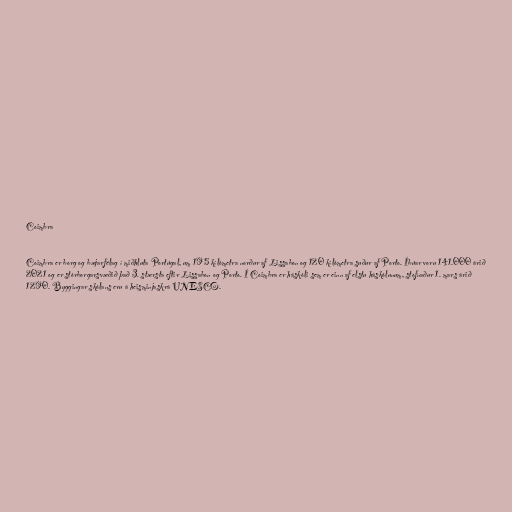
Coimbra

Coimbra er borg og bæjarfélag í miðhluta Portúgal, um 195 kílómetra norður af Lissabon og 120 kílómetra suður af Porto. Íbúar voru 141.000 árið
2021 og er stórborgarsvæðið það 3. stærsta eftir Lissabon og Porto. Í Coimbra er háskóli sem er einn af elstu háskólunum, stofnaður 1. mars árið
1290. Byggingar skólans eru á heisminjaskrá UNESCO.